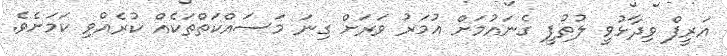
އަރީފް ވިދާޅުވީ ލުތުފީ ގެނައުމަށް އުމަރު ވަރަށް ގިނަ މަސައްކަތްތަކެއް ކުރެއްވި ކަމަށެވެ.